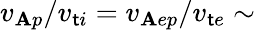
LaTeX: v_{\mathbf{A}p}/v_{\mathsf{t}i}=v_{\mathbf{A}ep}/v_{\mathsf{t}e}\sim